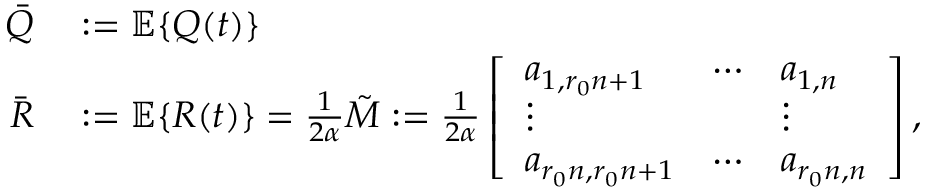
\begin{array} { r l } { \bar { Q } } & { { } : = \mathbb { E } \{ Q ( t ) \} } \\ { \bar { R } } & { { } : = \mathbb { E } \{ R ( t ) \} = \frac { 1 } { 2 \alpha } \tilde { M } : = \frac { 1 } { 2 \alpha } \left[ \begin{array} { l l l } { a _ { 1 , r _ { 0 } n + 1 } } & { \cdots } & { a _ { 1 , n } } \\ { \vdots } & { } & { \vdots } \\ { a _ { r _ { 0 } n , r _ { 0 } n + 1 } } & { \cdots } & { a _ { r _ { 0 } n , n } } \end{array} \right] , } \end{array}